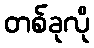
တစ်ခုလို